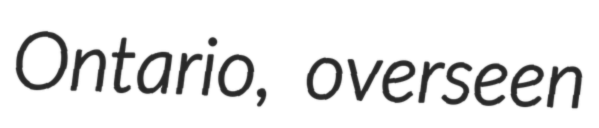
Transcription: Ontario, overseen